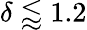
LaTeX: \delta\lessapprox 1.2